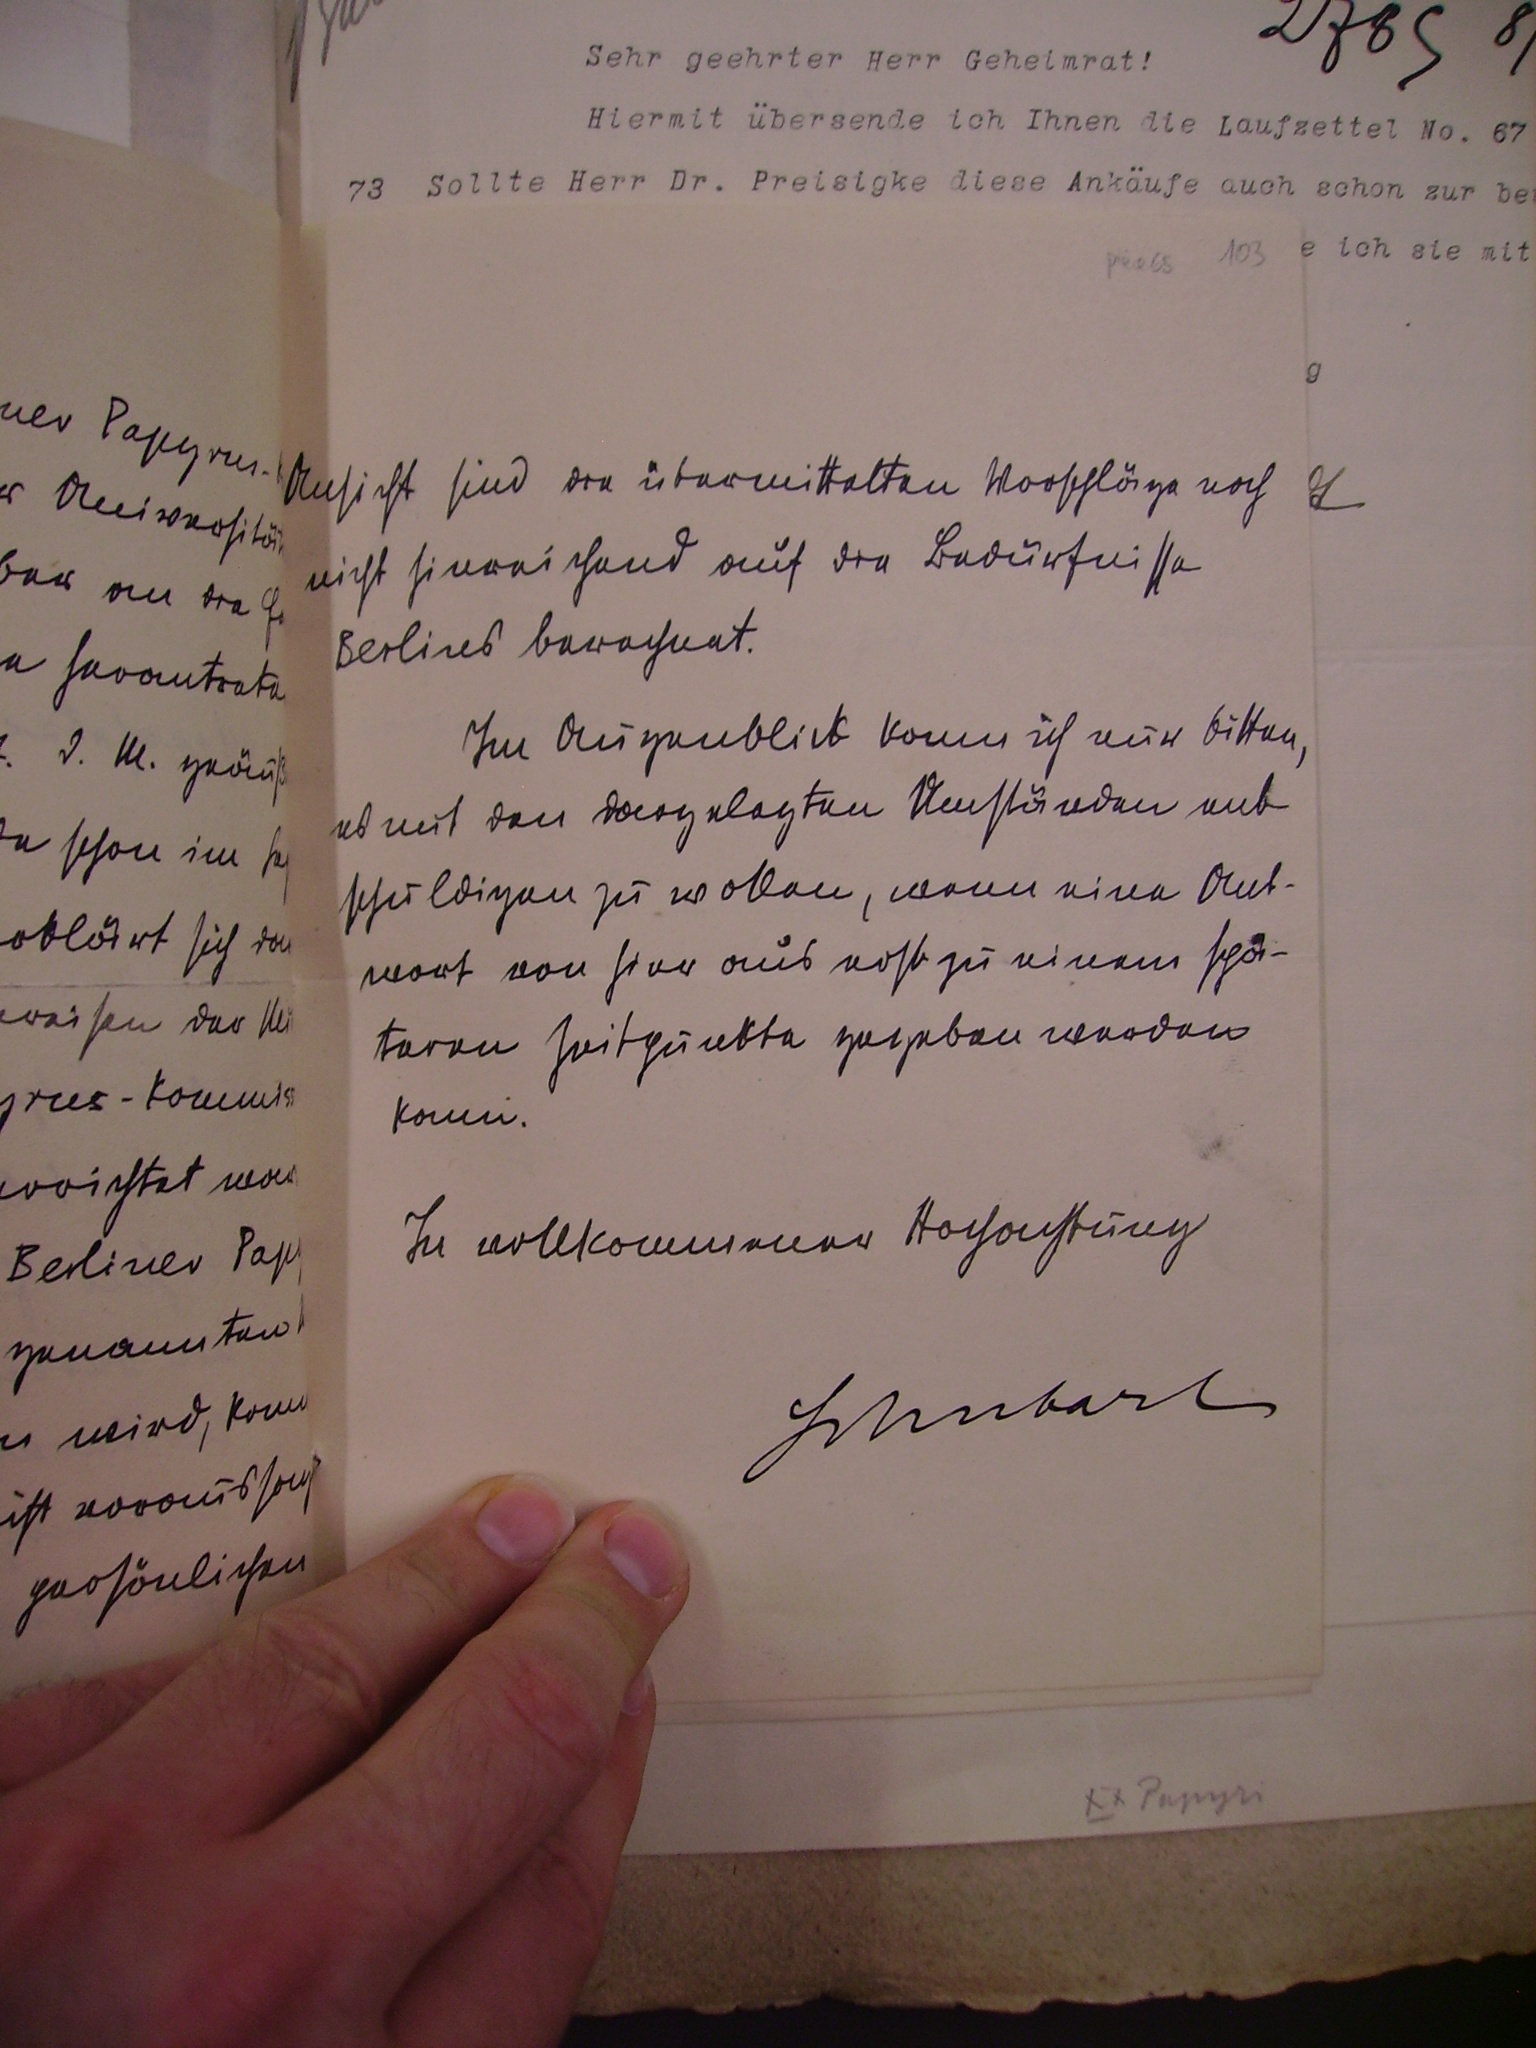
Ansicht sind die übermittelten Vorschläge noch
nicht hinreichend auf die Bedürfnisse
Berlins berechnet
Im Augenblick kann ich nur bitten,
es mit den dargelegten Umständen ent¬
schuldigen zu wollen, wenn eine Ant¬
wort von hier aus erst zu einem spä¬
teren Zeitpunkte gegeben werden
kann.
In vollkommener Hochachtung
Schubart